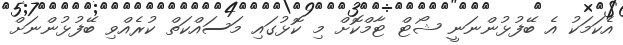
އެކަމަކު އެ ބޭފުޅުންނަނީ ޝޯޓް ޓާމްކޮށް މި ކޮޅުގައި މަސައްކަތް ކުރެއްވި ބޭފުޅުންނަށް